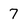
Character: 7